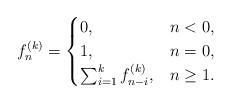
LaTeX: \begin{align*}f_n^{(k)} = \begin{cases} 0, & n < 0, \\ 1, & n = 0, \\ \sum_{i=1}^k f_{n-i}^{(k)}, & n\geq 1.\end{cases}\end{align*}